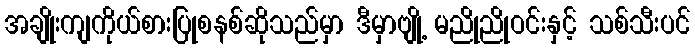
အချိုးကျကိုယ်စားပြုစနစ်ဆိုသည်မှာ ဒီမှာဗျို့ မညိုညိုဝင်းနှင့် သစ်သီးပင်